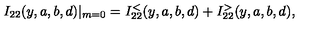
I _ { 2 2 } ( y , a , b , d ) | _ { m = 0 } = I _ { 2 2 } ^ { < } ( y , a , b , d ) + I _ { 2 2 } ^ { > } ( y , a , b , d ) ,